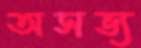
অসভ্য